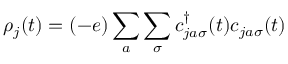
\rho _ { j } ( t ) = ( - e ) \sum _ { a } \sum _ { \sigma } c _ { j a \sigma } ^ { \dagger } ( t ) c _ { j a \sigma } ( t )